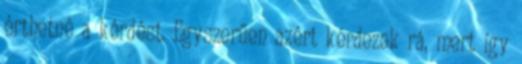
érthetné a kérdést. Egyszerűen azért kérdezek rá, mert így